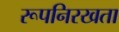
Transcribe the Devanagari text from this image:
रूपनिरखता